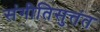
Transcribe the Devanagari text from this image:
संगीतिसुत्तंत